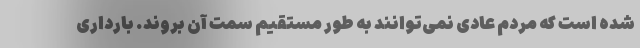
شده است که مردم عادی نمی‌توانند به طور مستقیم سمت آن بروند. بارداری